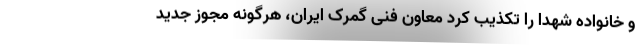
و خانواده شهدا را تکذیب کرد معاون فنی گمرک ایران، هرگونه مجوز جدید